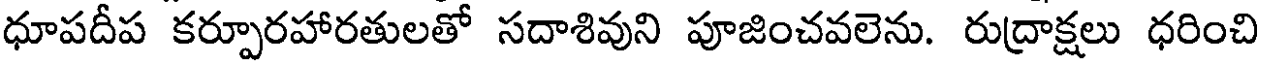
ధూపదీప కర్పూరహారతులతో సదాశివుని పూజించవలెను. రుద్రాక్షలు ధరించి